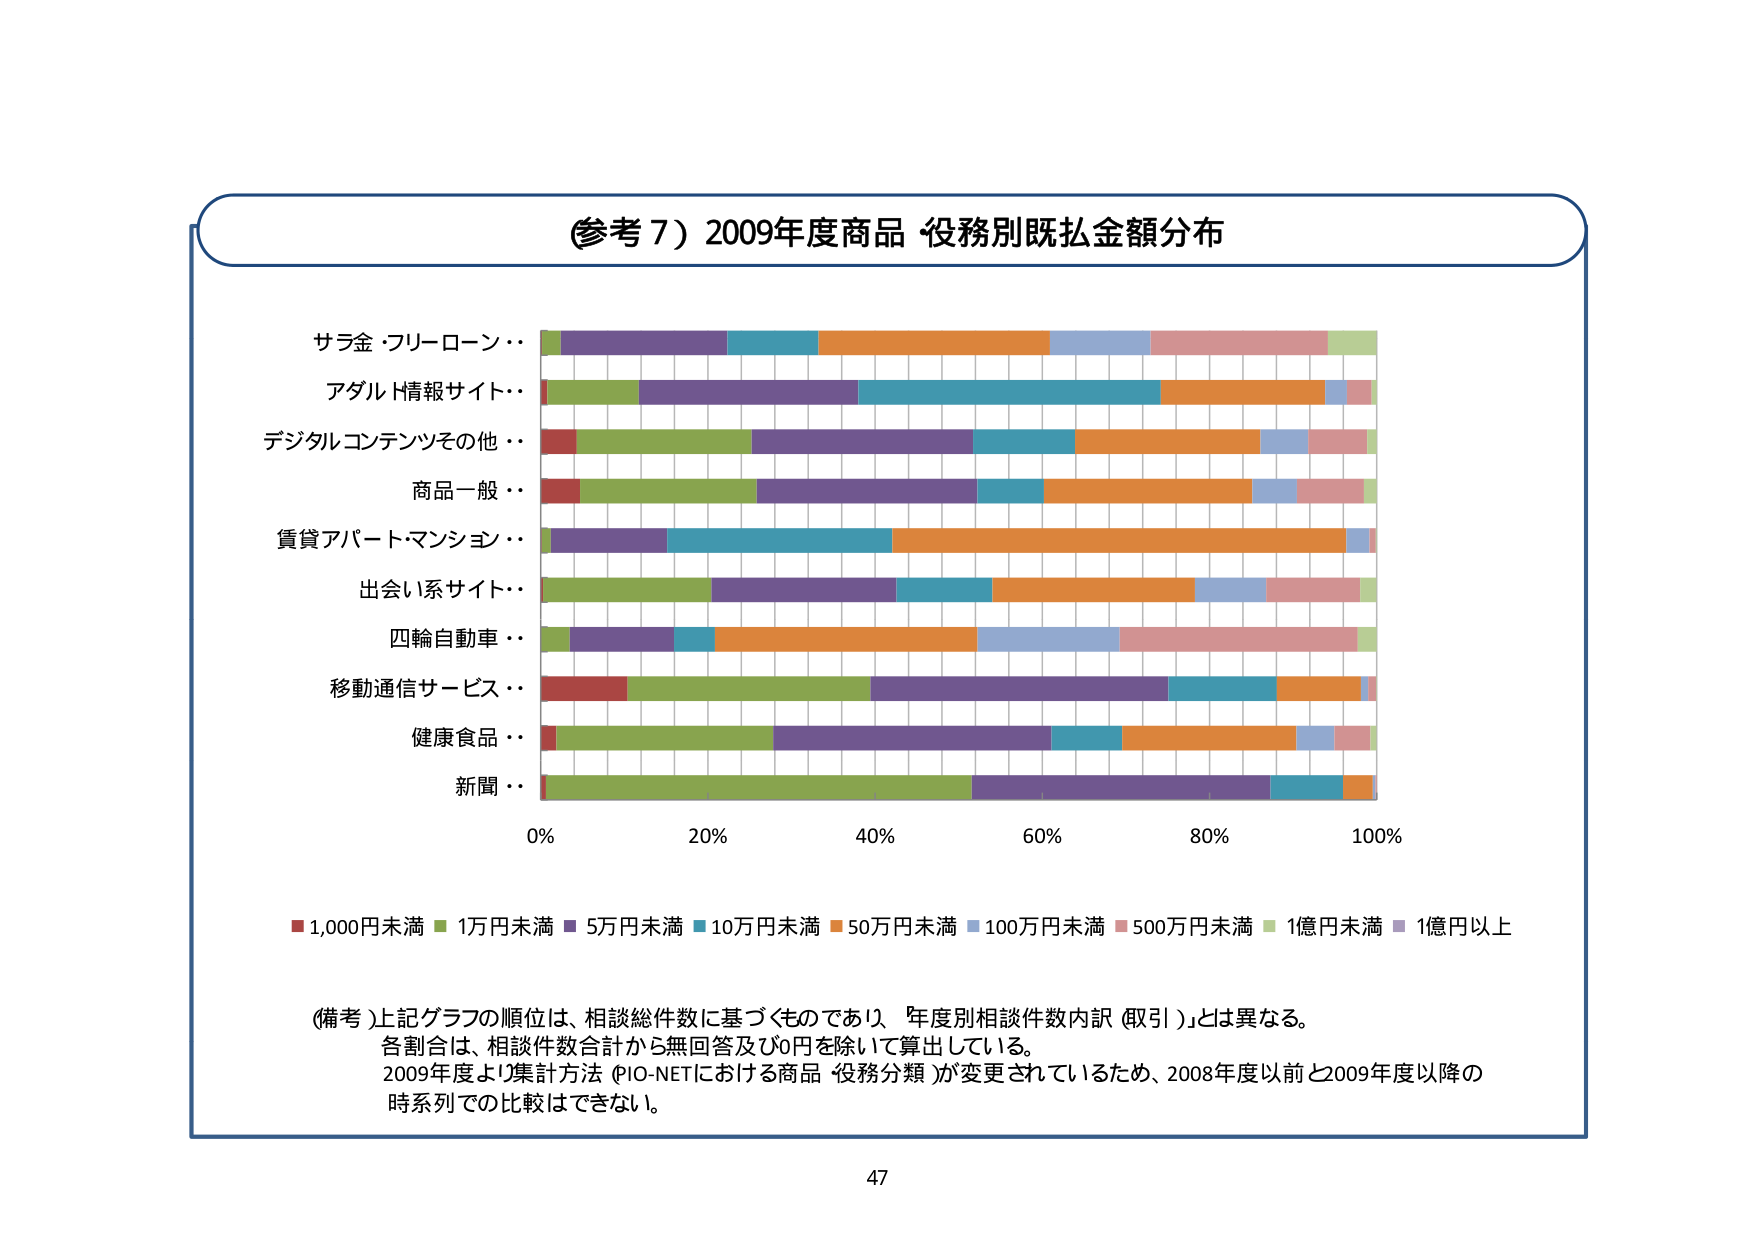
(参考７) 2009年度商品 役務別既払金額分布

サラ金・フリーローン・・
アダルト情報サイト・・
デジタルコンテンツその他・・
商品一般・・
賃貸アパート・マンション・・
出会い系サイト・・
四輪自動車・・
移動通信サービス・・
健康食品・・
新聞・・

0% 20% 40% 60% 80% 100%

■ 1,000円未満 ■ 1万円未満 ■ 5万円未満 ■ 10万円未満 ■ 50万円未満 ■ 100万円未満 ■ 500万円未満 ■ 1億円未満 ■ 1億円以上

(備考) 上記グラフの順位は、相談総件数に基づくものであり、「年度別相談件数内訳（取引）」とは異なる。
各割合は、相談件数合計から無回答及び0円を除いて算出している。
2009年度より集計方法（PIO-NETにおける商品・役務分類）が変更されているため、2008年度以前と2009年度以降の
時系列での比較はできない。

47